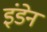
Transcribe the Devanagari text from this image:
इंडेन